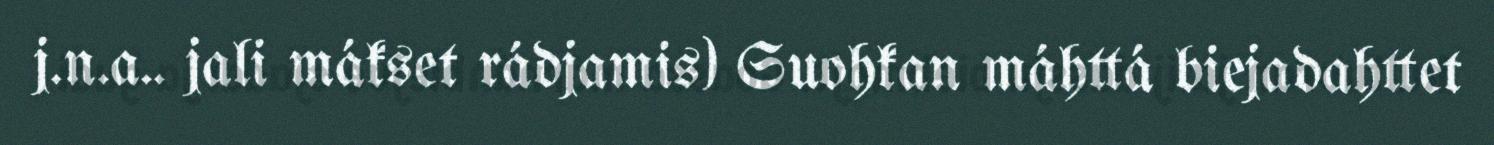
j.n.a.. jali mákset rádjamis) Suohkan máhttá biejadahttet